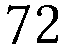
72